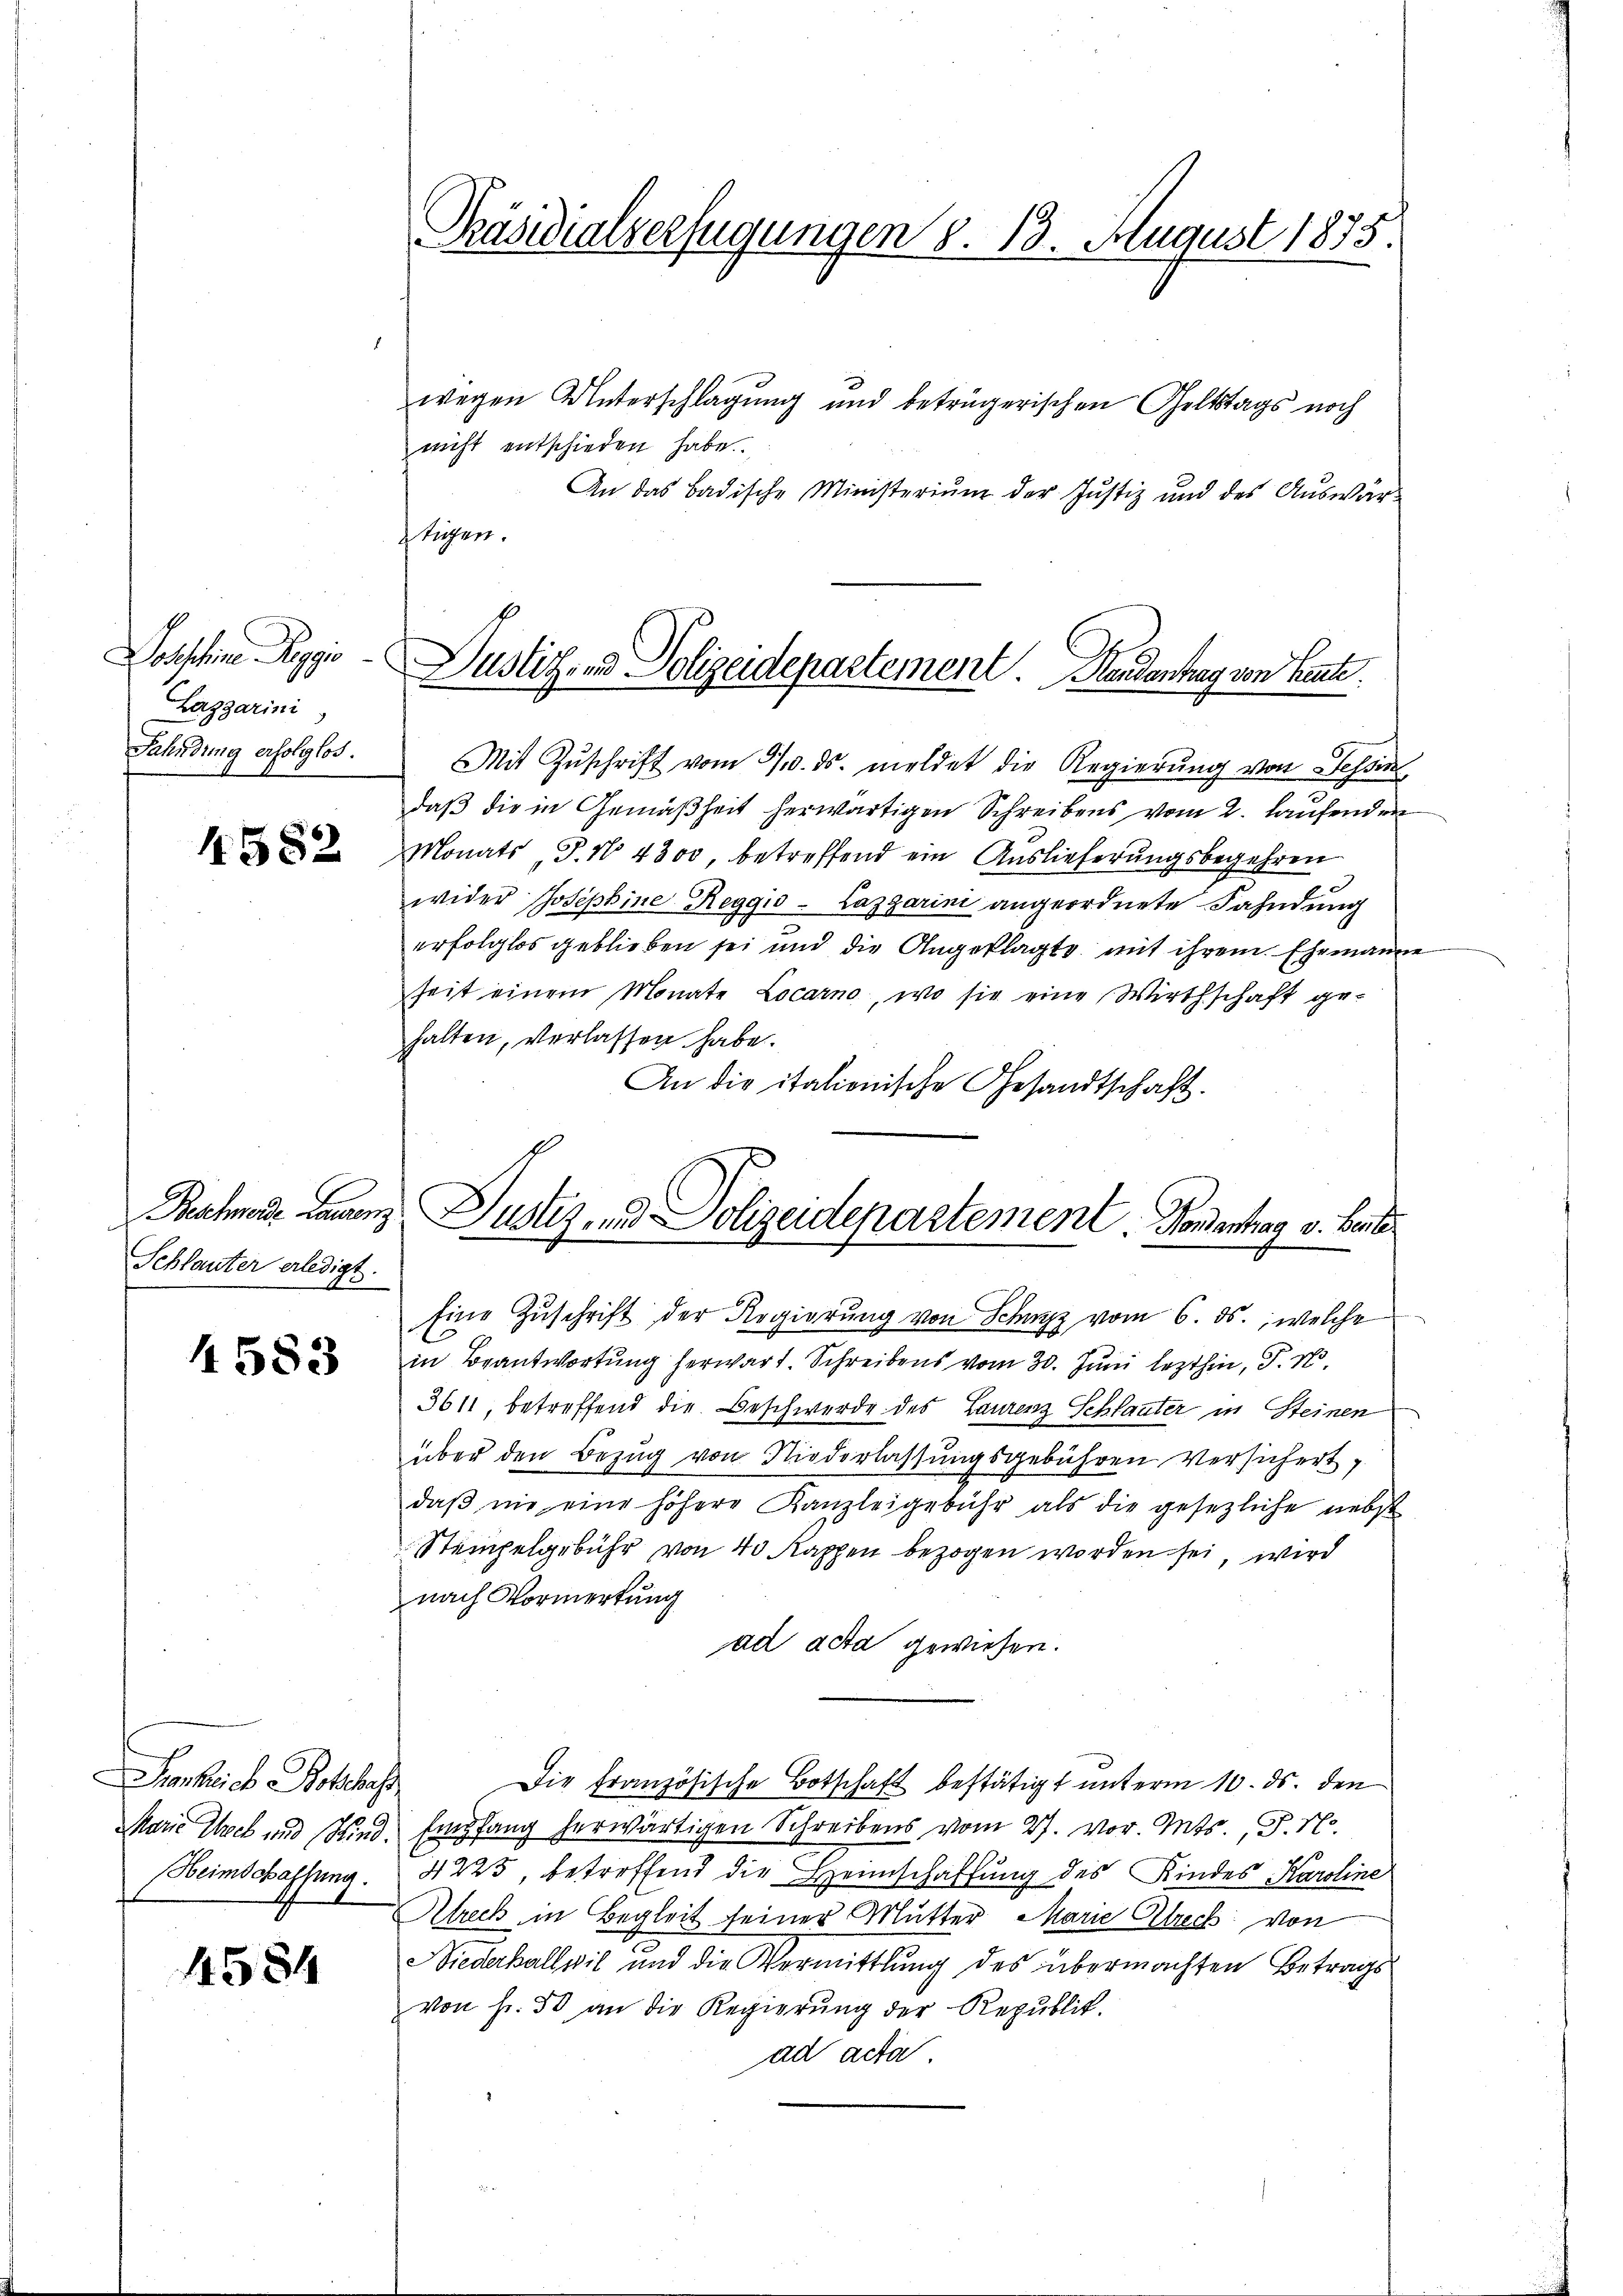
Dosschine Paggio
Lazgarini
Fahndung erfolglos.

1582

Schlauter erledigt.

4583

Fratet. Bluts
Marie Theil und sind.
Heimschaffung.

14584

Präsidialverfügungen d. 13. August 1875.

wegen Unterschlagung und betrügerischen Geltstags noch
nicht entschieden habe.
An das Badische Ministerium der Justiz und des Auswärs
Mit Zŭschrift vom 20. ds. meldet die Regierung von Tessin,
daß die in Gemäßheit herwärtigen Schreibens vom 2. laufenden
Monats J. N. 4300, betreffend ein Auslieferungsbegehren
wider Josephine Reggio-Lazgarini angeordnete Fahndung
erfolglos geblieben sei und die Angeklagte mit ihrem Ehemanne
Zeit einem Monate Locarno, wo sie eine Wirthschaft gehalten, verlassen habe.
An die italienische Gesandtschaft.
Eine Zŭschrift der Regierŭng von Schwyz vom 6. ds., welche
in Beantwortung herwart. Schreibens vom 30. Juni lezthin, P. N.
3611, betreffend die Beschwerde des Laurenz Schlauter in Steinen
über den Bezŭg von Niederlassŭngsgebühren Versichert,
daβ nie eine höhere Kanzleigebühr als die gesezliche nebst
Stempelgebühr von 40 Kappen bezogen worden sei, wird
nach Vormerkung
ad acta gewiesen.
Die Französische Botschaft bestätigt unterm 10. ds. den
Empfang herwärtigen Schreibens vom 27. vor. Mts., d. M.
2
4225, betreffend die Heimschaffung des Kindes Karoline
Alreich in Begleit seiner Mutter Marie Abrech von
Niederkallwil und die Vermittlung des übermachten Betrags
von Fr. 50 an die Regierŭng der Republik.
ad acta.

Justiz- und Polizeidepartement. Handenhag von heute

Rahme Franz. Justiz- und Polizeidepartement. Sondentrag v. Beitr